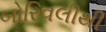
બોરિવલીથી